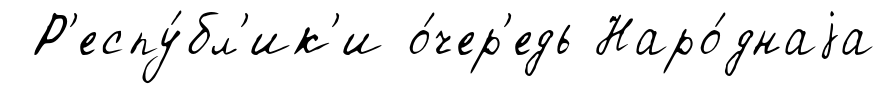
Р'еспу́бл'ик'и о́чер'едь Наро́днаjа